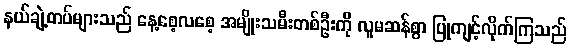
နယ်ချဲ့တပ်များသည် နေ့စေ့လစေ့ အမျိုးသမီးတစ်ဦးကို လူမဆန်စွာ ပြုကျင့်လိုက်ကြသည်